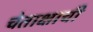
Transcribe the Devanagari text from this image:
चेताक्षाची